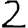
Digit: 2